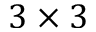
3 \times 3